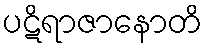
ပဋိရာဇာနောတိ